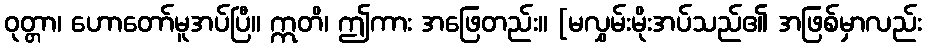
ဝုတ္တာ၊ ဟောတော်မူအပ်ပြီ။ ဣတိ၊ ဤကား အဖြေတည်း။ [မလွှမ်းမိုးအပ်သည်၏ အဖြစ်မှာလည်း